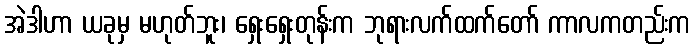
အဲဒါဟာ ယခုမှ မဟုတ်ဘူး၊ ရှေးရှေးတုန်းက ဘုရားလက်ထက်တော် ကာလကတည်းက